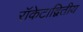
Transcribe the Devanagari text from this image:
रॉकेट।द्वितीय